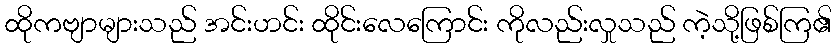
ထိုကဗျာများသည် အင်းဟင်း ထိုင်းလေကြောင်း ကိုလည်းလှုသည် ကဲ့သို့ဖြစ်ကြ၏